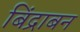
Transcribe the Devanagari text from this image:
बिंद्राबन